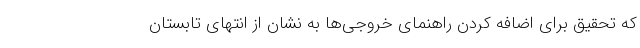
که تحقیق برای اضافه کردن راهنمای خروجی‌ها به نشان از انتهای تابستان